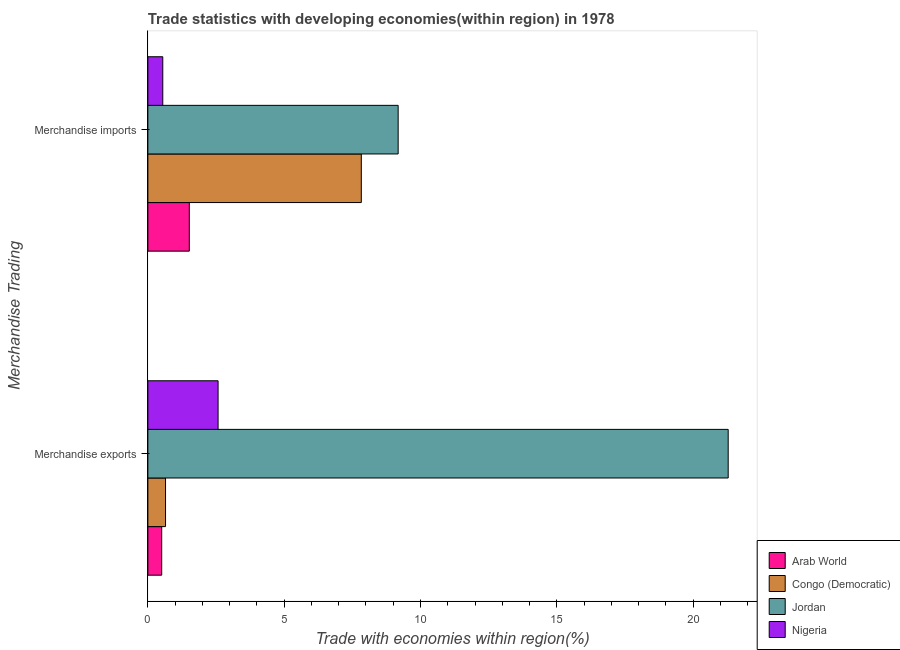
| Merchandise Trading | Arab World | Congo (Democratic) | Jordan | Nigeria |
 | --- | --- | --- | --- | --- |
 | Merchandise exports | 0.507 | 0.648 | 21.3 | 2.58 |
 | Merchandise imports | 1.52 | 7.83 | 9.18 | 0.547 |